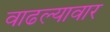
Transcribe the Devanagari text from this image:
वाढल्यावार